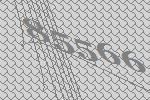
85566